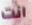
انت